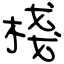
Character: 棧